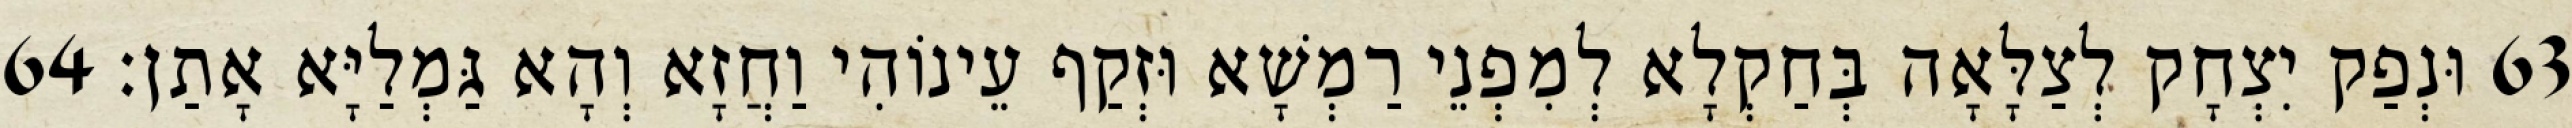
63 וּנְפַק יִצְחָק לְצַלָּאָה בְּחַקְלָא לְמִפְנֵי רַמְשָׁא וּזְקַף עֵינוֹהִי וַחֲזָא וְהָא גַּמְלַיָּא אָתַן׃ 64